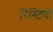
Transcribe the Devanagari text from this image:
रिस्टिवो